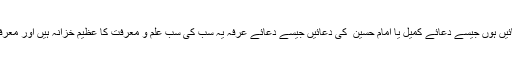
امیر المومنین ؑ علیؑ کی منا جات اور دعائیں ہوں جیسے دعائے کمیل یا امام حسین ؑ کی دعائیں جیسے دعائے عرفہ یہ سب کی سب علم و معرفت کا عظیم خزانہ ہیں اور معرفت الہی کو اپنے کمال تک پہنچاتی ہیں ۔